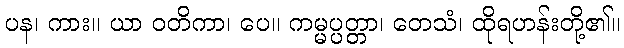
ပန၊ ကား။ ယာ ဝတိကာ၊ ပေ။ ကမ္မပ္ပတ္တာ၊ တေသံ၊ ထိုရဟန်းတို့၏။